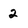
Character: 2